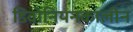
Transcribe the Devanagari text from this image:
डिवोनियनकालीन